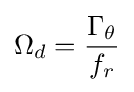
\Omega _{d}={\frac {\Gamma _{\theta }}{f_{r}}}